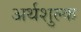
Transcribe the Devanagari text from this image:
अर्थशुल्क